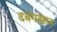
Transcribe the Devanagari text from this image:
दबंगखान